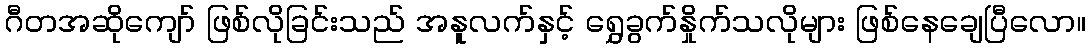
ဂီတအဆိုကျော် ဖြစ်လိုခြင်းသည် အနူလက်နှင့် ရွှေခွက်နှိုက်သလိုများ ဖြစ်နေချေပြီလော။